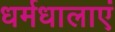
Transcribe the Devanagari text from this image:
धर्मधालाएं